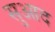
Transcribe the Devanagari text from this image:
सुआद